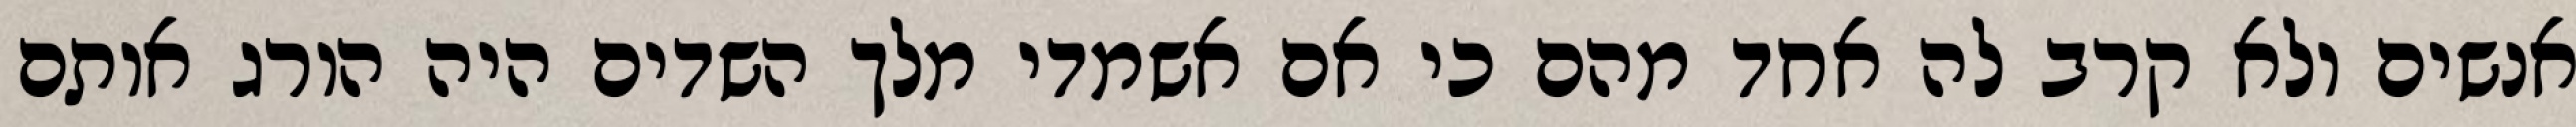
אנשים ולא קרב לה אחד מהם כי אם אשמדי‏ מלך השדים היה הורג אותם